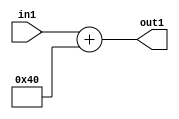
`timescale 1ps / 1ps
/*****************************************************************************
    Verilog RTL Description
    
    
    Created by: Stratus DpOpt 2019.1.01 
*******************************************************************************/

module DC_Filter_Add_12U_178_1 (
	in1,
	out1
	); /* architecture "behavioural" */ 
input [11:0] in1;
output [11:0] out1;
wire [11:0] asc001;

assign asc001 = 
	+(in1)
	+(12'B000001000000);

assign out1 = asc001;
endmodule

/* CADENCE  urnzSgs= : u9/ySgnWtBlWxVPRXgAZ4Og= ** DO NOT EDIT THIS LINE ******/